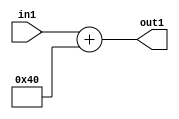
`timescale 1ps / 1ps
/*****************************************************************************
    Verilog RTL Description
    
    
    Created by: Stratus DpOpt 2019.1.01 
*******************************************************************************/

module DC_Filter_Add_12U_178_1 (
	in1,
	out1
	); /* architecture "behavioural" */ 
input [11:0] in1;
output [11:0] out1;
wire [11:0] asc001;

assign asc001 = 
	+(in1)
	+(12'B000001000000);

assign out1 = asc001;
endmodule

/* CADENCE  urnzSgs= : u9/ySgnWtBlWxVPRXgAZ4Og= ** DO NOT EDIT THIS LINE ******/